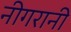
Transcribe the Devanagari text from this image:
नीगरानी